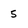
Character: 5